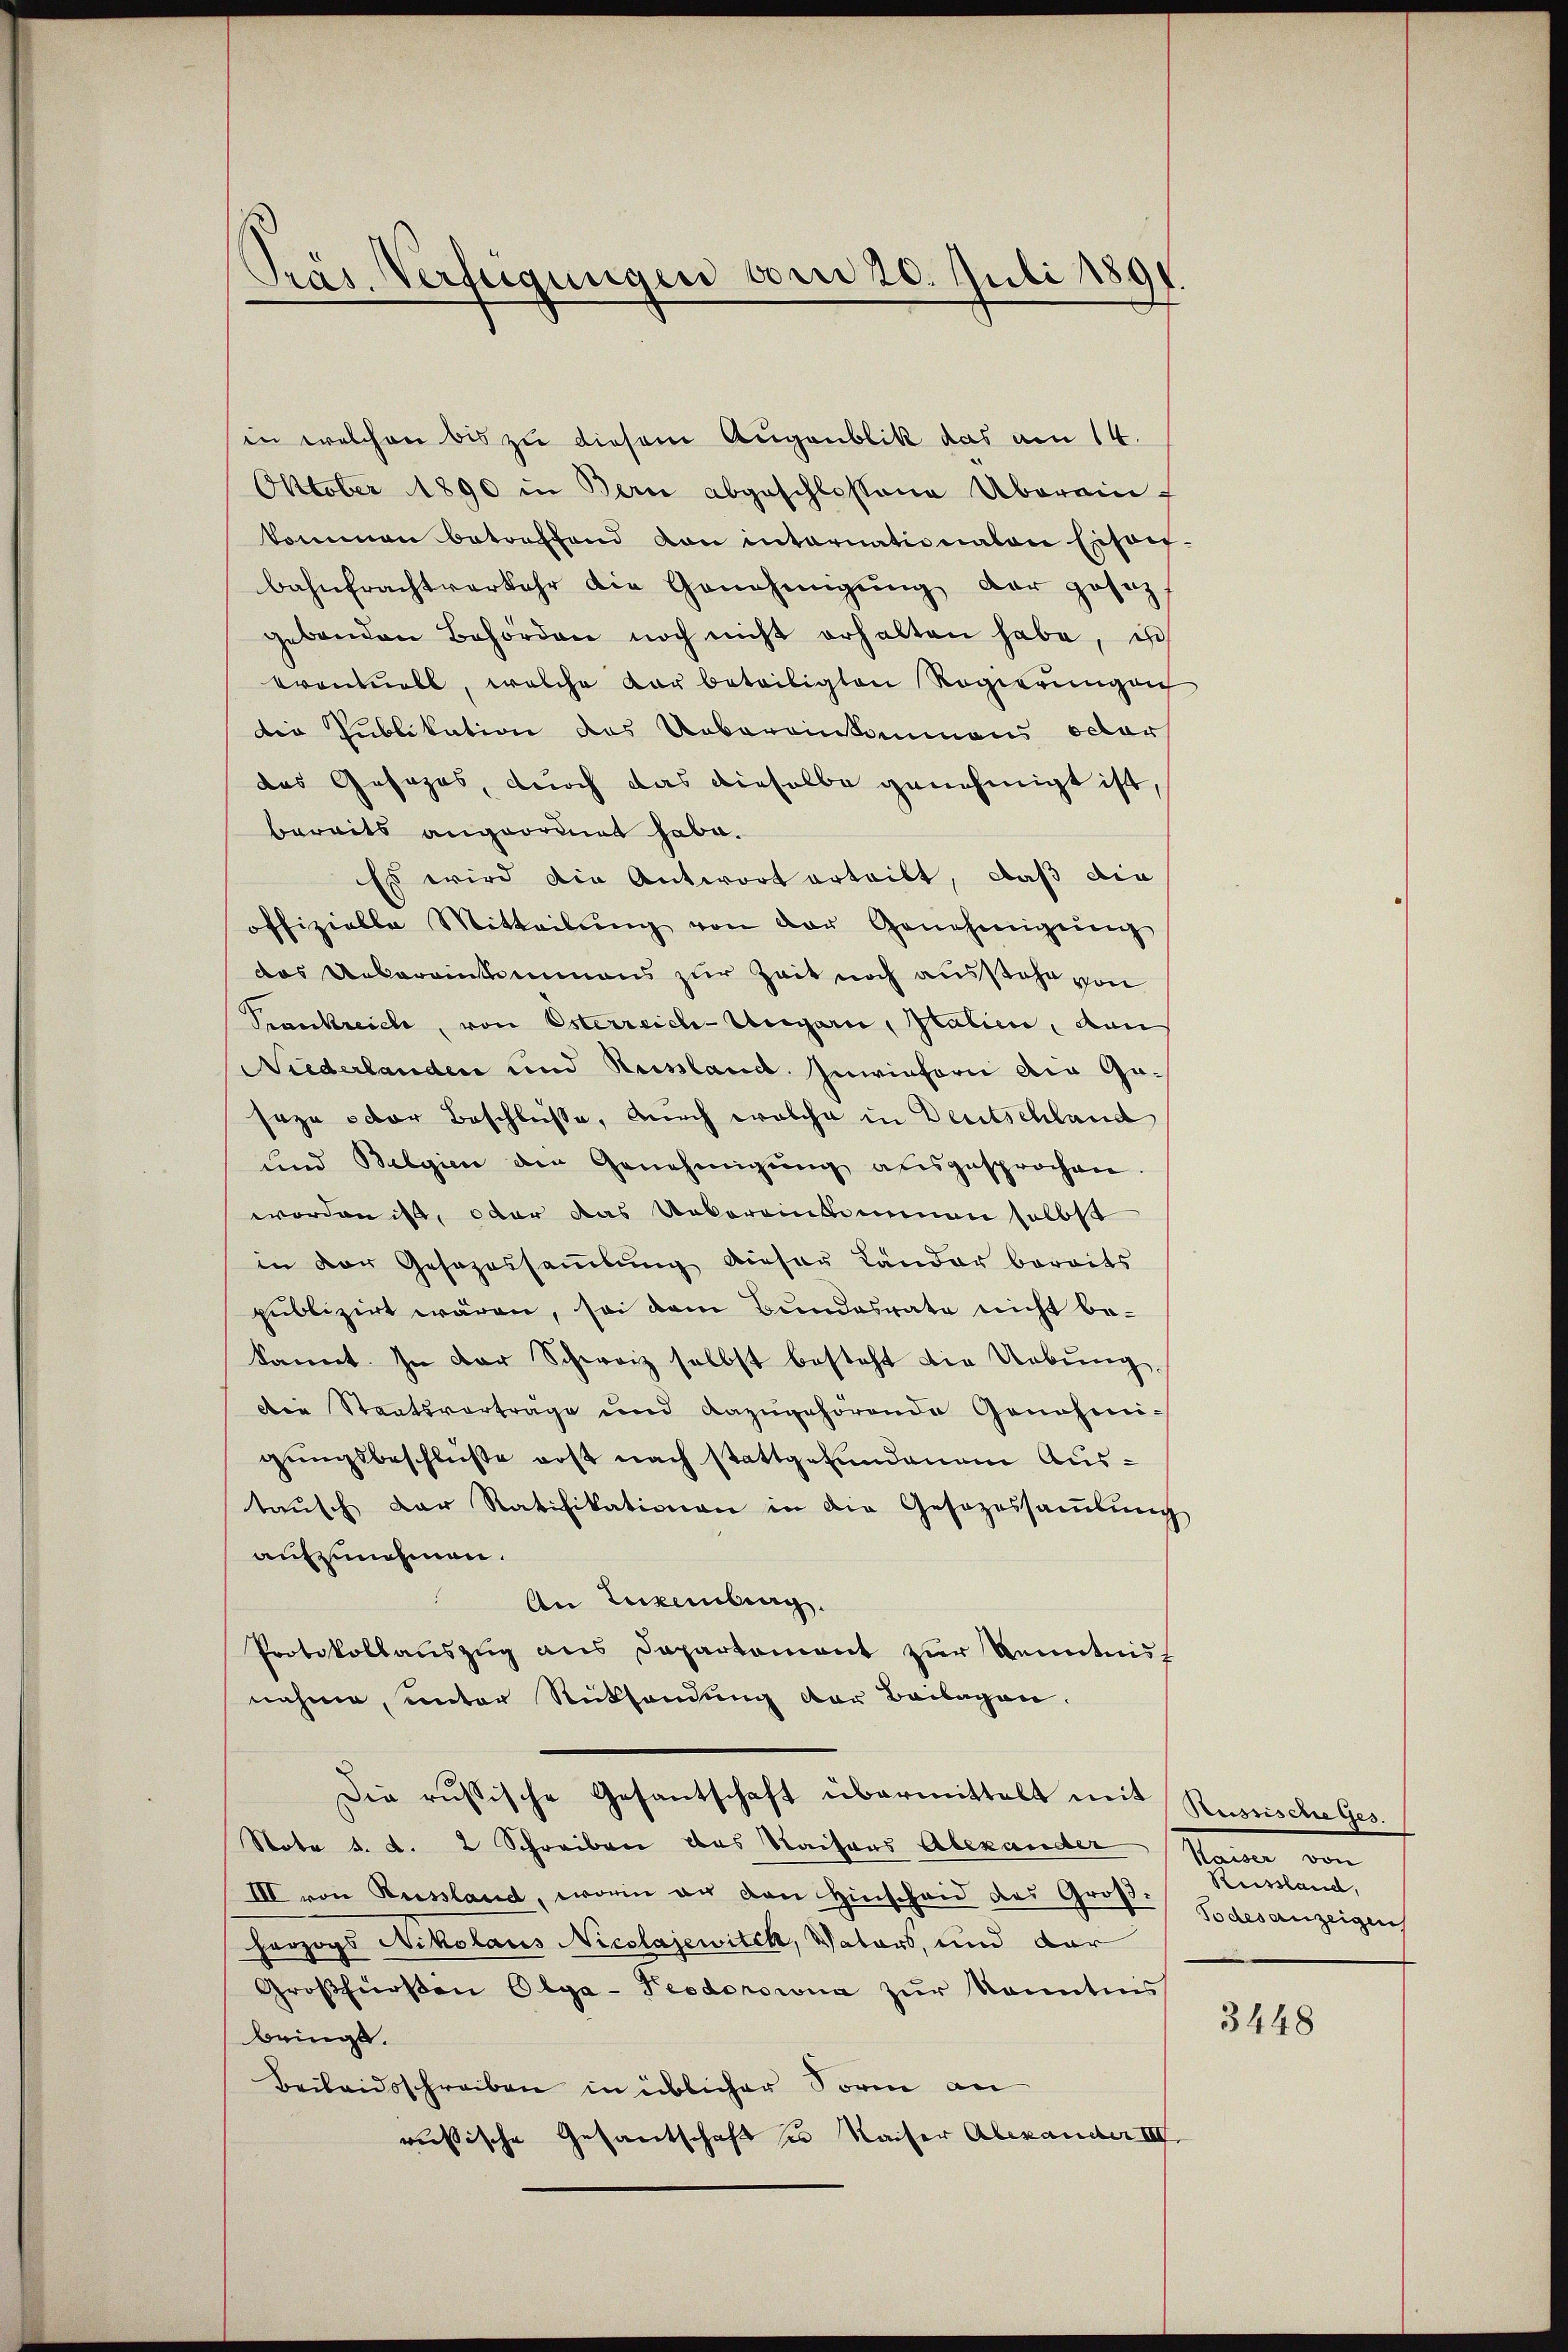
Pras Verfügungen vom 20. Juli 1891.

in welchen bis zu diesem Augenblik das am 14.
Oktober 1890 in Bern abgeschlossene Überein-
kommen betreffend von internationalen Erfort-
bahnfrachtverkehr die Genehmigŭng der gesezt
gebenden Behörden noch nicht erhalten habe, ist
bronnell, welche dar beteiligten Regierungen
die Publikation des Uebereinkommens octor
das Gesezes, durch das dieselbe genehmigt ist,
bereits angeordnet habe.
Es wird die Antwort erteilt, daß die
offizielle Mitteilŭng von der Genehmigŭng
das Uebereinkommens zur Zeit noch ausstehe von
Krankreich, von Esterreich-Ungarn, Italien, den
Niederlanden und Russland Inwiefern aig Gaseze oder Beschlüße, durch welche in Deutschland
und Belgien den Genehmigŭng ausgesprochen
worden ist, oder das Uebereinkommen selbst
in der Gesezessammlung dieser Länder bereits
publizirt wären, sei dem Bundesrate nicht bekannt. In der Schweiz selbst besteht die Uebung,
Die Staatsverträge und dazugehörende Genehmigungsbeschlüße erst nach stattgefundenem Austausch der Ratifikationen in die Gesezessammlung
aufzunehmen.
An Luxenburg.
Protokollauszug aus Departemont zur Kenntnisf
nahme, unter Rücksendung der Beilagen.
Die russische Gesantschaft übermittelt mit Russische Ges.
Note d. d. 2 Schreiben das Waisers Alexander
III von Russland, worin an den Hinscheid des Groß-
herzogs Nikolaus Nicolajewitch, Vaters, und dar
Großfürsten Olga-Teodoroina zur kanntnis
bringt.
Beilandsschreiben in üblicher Sorm an
russische Gesandschaft u Kaiser Alexander III

Todesanzeigen

3448